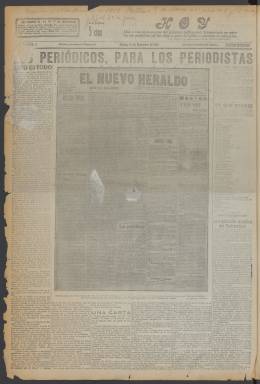
Título: Hoy (Madrid. 1919)
Colección: Periódicos
Ámbito geográfico: Madrid
Lugar de publicación: Madrid
Fechas: 16/12/1919-24/08/1920